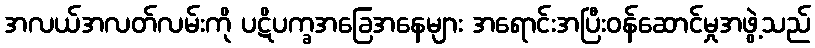
အလယ်အလတ်လမ်းကို ပဋိပက္ခအခြေအနေများ အရောင်းအပြီးဝန်ဆောင်မှုအဖွဲ့သည်